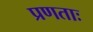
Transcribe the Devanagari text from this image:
प्रणताः